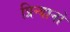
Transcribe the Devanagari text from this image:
प्रिन्यानो